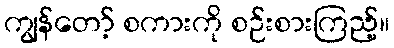
ကျွန်တော့် စကားကို စဉ်းစားကြည့်။